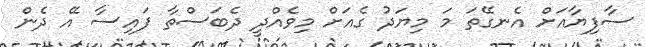
ސާފިޔާއަށް އެނގޭތަ މަ މިޔަދު ގެއަށް މިވެއްދީ ދެބަސްތާ ފައިސާ އޭ ދެން